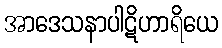
အာဒေသနာပါဋိဟာရိယေ